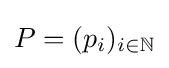
P=(p_{i})_{i\in \mathbb {N} }